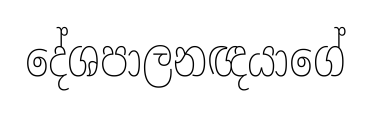
දේශපාලනඥයාගේ